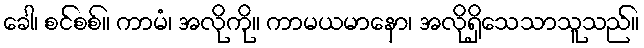
ခေါ၊ စင်စစ်။ ကာမံ၊ အလိုကို။ ကာမယမာနော၊ အလိုရှိသေသာသူသည်။